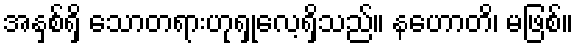
အနှစ်ရှိ သောတရားဟုရှုလေ့ရှိသည်။ နဟောတိ၊ မဖြစ်။